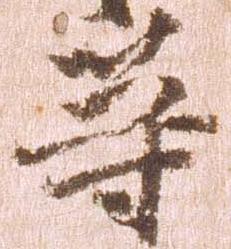
等